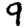
Digit: 9